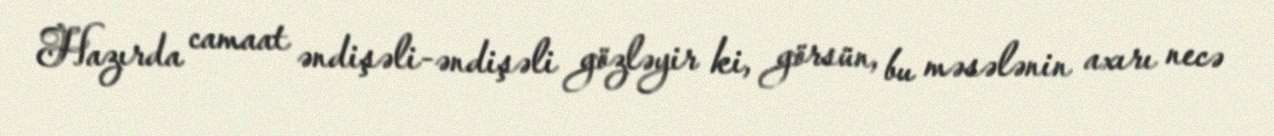
Hazırda camaat əndişəli-əndişəli gözləyir ki, görsün, bu məsələnin axırı necə